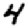
Digit: 4